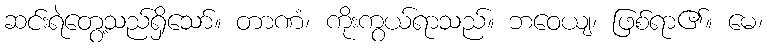
ဆင်းရဲတွေ့သည်ရှိသော်။ တာဏံ၊ ကိုးကွယ်ရာသည်။ ဘဝေယျ၊ ဖြစ်ရာ၏။ မေ၊